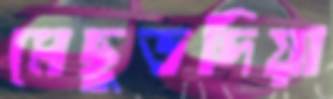
মেছুডদিয়া